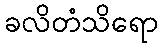
ခလိတံသိရော